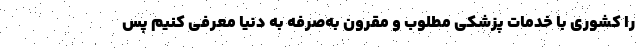
را کشوری با خدمات پزشکی مطلوب و مقرون به‌صرفه به دنیا معرفی کنیم پس